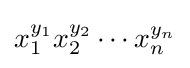
x_{1}^{y_{1}}x_{2}^{y_{2}}\cdots x_{n}^{y_{n}}